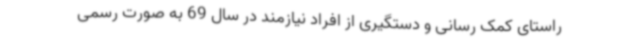
راستای کمک رسانی و دستگیری از افراد نیازمند در سال 69 به صورت رسمی